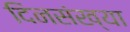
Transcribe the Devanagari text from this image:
दिनसंख्या